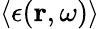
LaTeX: \left\langle\epsilon(\boldsymbol{\mathbf{r}},\omega)\right\rangle